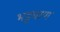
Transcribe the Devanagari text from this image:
भट्टबाण